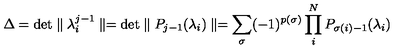
\Delta = \mathrm { d e t } \parallel \lambda _ { i } ^ { j - 1 } \parallel = \mathrm { d e t } \parallel P _ { j - 1 } ( \lambda _ { i } ) \parallel = \sum _ { \sigma } ( - 1 ) ^ { p ( \sigma ) } \prod _ { i } ^ { N } P _ { \sigma ( i ) - 1 } ( \lambda _ { i } )